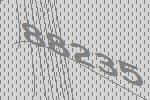
88235